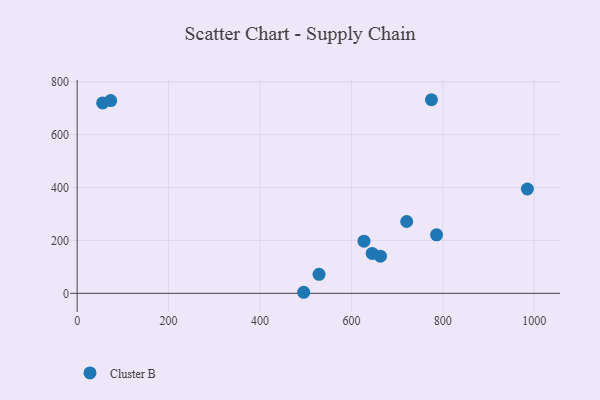
{"axis": {"x": "Ad Spend", "y": "Rating"}, "legend": ["Cluster B"], "data": [{"x": "645.4", "y": 151.0, "type": "Cluster B"}, {"x": "627.5", "y": 197.3, "type": "Cluster B"}, {"x": "985.0", "y": 394.6, "type": "Cluster B"}, {"x": "721.0", "y": 271.6, "type": "Cluster B"}, {"x": "55.7", "y": 719.9, "type": "Cluster B"}, {"x": "529.2", "y": 71.9, "type": "Cluster B"}, {"x": "775.1", "y": 732.1, "type": "Cluster B"}, {"x": "663.5", "y": 140.5, "type": "Cluster B"}, {"x": "73.3", "y": 728.7, "type": "Cluster B"}, {"x": "786.3", "y": 221.1, "type": "Cluster B"}, {"x": "495.6", "y": 4.0, "type": "Cluster B"}]}